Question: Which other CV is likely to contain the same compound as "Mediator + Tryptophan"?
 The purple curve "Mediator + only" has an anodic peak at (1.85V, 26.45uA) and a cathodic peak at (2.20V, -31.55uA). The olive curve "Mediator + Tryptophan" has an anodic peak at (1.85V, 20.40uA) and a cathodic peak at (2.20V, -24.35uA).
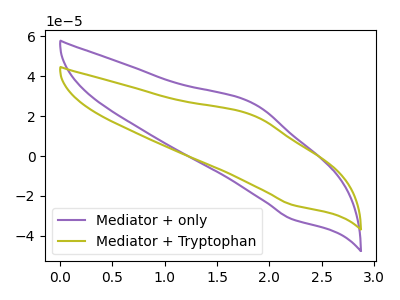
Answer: <think>All the peaks in "Mediator + only" have a peak in "Mediator + Tryptophan" at the same potential. Every peak in "Mediator + only" is higher than every peak in "Mediator + Tryptophan".
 </think>
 <answer>The CV with the most similar shape to "Mediator + only" is "Mediator + Tryptophan".</answer>
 <eval>"Mediator + Tryptophan"</eval>